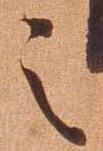
之